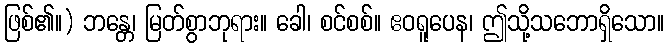
ဖြစ်၏။) ဘန္တေ၊ မြတ်စွာဘုရား။ ခေါ၊ စင်စစ်။ ဧဝရူပေန၊ ဤသို့သဘောရှိသော။